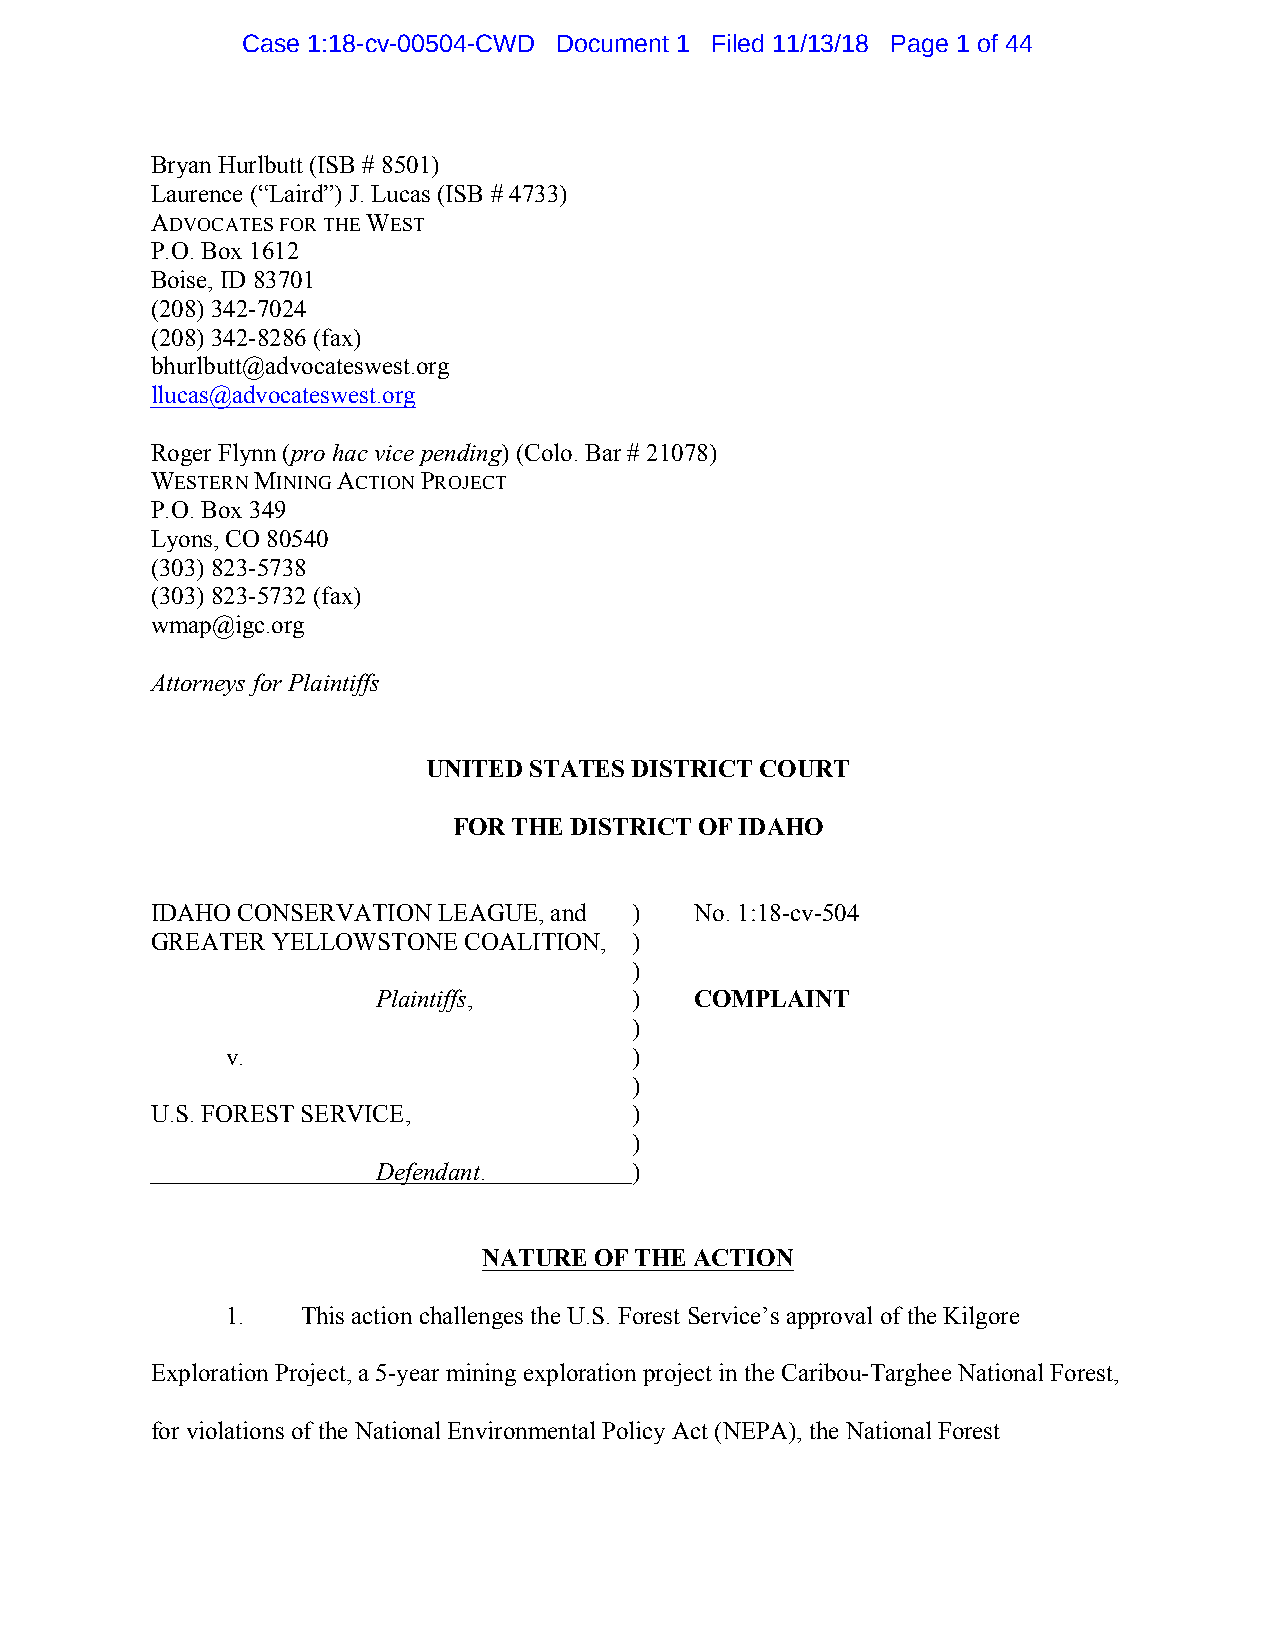
Case 1:18-cv-00504-CWD Document 1 Filed 11/13/18 Page 1 of 44
 Bryan Hurlbutt (ISB # 8501)
 Laurence (“Laird”) J. Lucas (ISB # 4733)
 ADVOCATES FOR THE WEST
 P.O. Box 1612
 Boise, ID 83701
 (208) 342-7024
 (208) 342-8286 (fax)
 bhurlbutt@advocateswest.org
 llucas@advocateswest.org
 Roger Flynn (pro hac vice pending) (Colo. Bar # 21078)
 WESTERN MINING ACTION PROJECT
 P.O. Box 349
 Lyons, CO 80540
 (303) 823-5738
 (303) 823-5732 (fax)
 wmap@igc.org
 Attorneys for Plaintiffs
 UNITED STATES DISTRICT COURT
 FOR THE DISTRICT OF IDAHO
 IDAHO CONSERVATION LEAGUE, and  )   No. 1:18-cv-504
 GREATER YELLOWSTONE  COALITION, )
 )
 Plaintiffs,      )   COMPLAINT
 )
 v.                         )
 )
 U.S. FOREST SERVICE,            )
 )
 Defendant.       )
 NATURE OF THE ACTION
 1.   This action challenges the U.S. Forest Service’s approval of the Kilgore
 Exploration Project, a 5-year mining exploration project in the Caribou-Targhee National Forest,
 for violations of the National Environmental Policy Act (NEPA), the National Forest